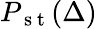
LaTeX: P_{\mathrm{~s~t~}}(\Delta)